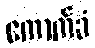
ကောက်ခံ